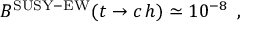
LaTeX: B ^ { \mathrm { S U S Y - E W } } ( { t \rightarrow c \, h } ) \simeq 1 0 ^ { - 8 } \, \, \, ,